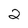
Character: 2